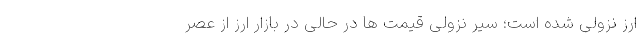
ارز نزولی شده است؛ سیر نزولی قیمت ها در حالی در بازار ارز از عصر